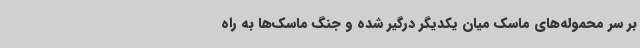
بر سر محموله‌های ماسک میان یکدیگر درگیر شده و جنگ ماسک‌ها به راه